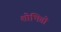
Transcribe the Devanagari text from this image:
शोभितो